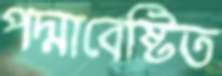
পদ্মাবেষ্টিত